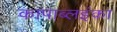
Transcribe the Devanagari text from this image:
कापाब्लइंका